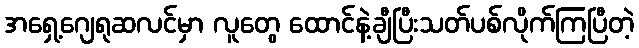
အရှေ့ဂျေရုဆလင်မှာ လူတွေ ထောင်နဲ့ချီပြီးသတ်ပစ်လိုက်ကြပြီတဲ့